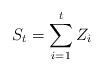
LaTeX: \begin{align*}S_{t} & =\sum_{i=1}^{t}Z_{i}\end{align*}